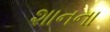
શાનના